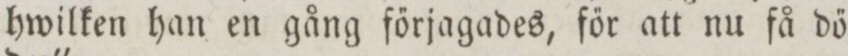
hwilken han en gång förjagades, főr att nu få dő